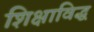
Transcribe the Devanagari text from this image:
शिक्षाविद्ध